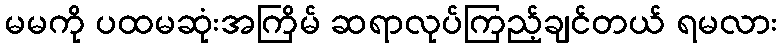
မမကို ပထမဆုံးအကြိမ် ဆရာလုပ်ကြည့်ချင်တယ် ရမလား